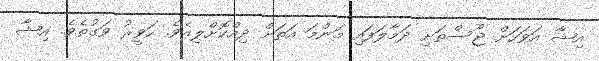
އިޝާ އަވަހަށް ޖޫސްތަށި ދަމާލަފައި މަންމަ އަތަށް ދިއްކޮށްލިއެވެެ. ހަވީރު ވަގުތެވެ. އިޝާ